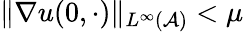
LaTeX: \| \nabla u(0,\cdot)\| _{L^{\infty}(\mathcal{A})}<\mu